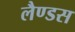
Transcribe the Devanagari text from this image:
लैण्डस